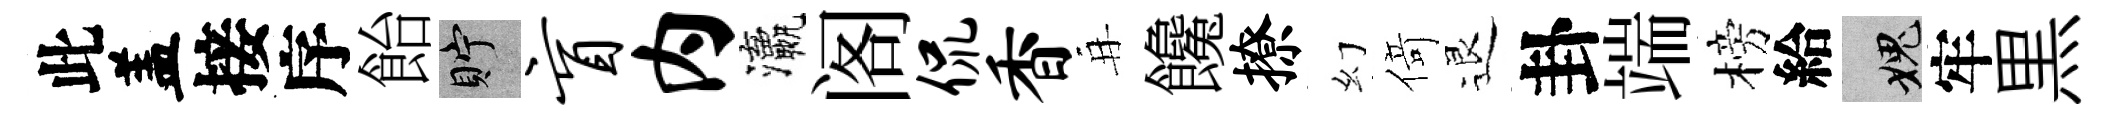
此盖接序飴貯盲内瀛阁侃香再饞撩幻𠋣退卦端榜給愧牢黒